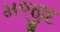
મજીદ